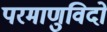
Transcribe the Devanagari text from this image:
परमाणुविदों